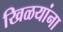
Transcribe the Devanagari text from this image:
खिळयांना